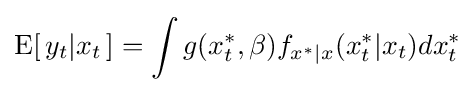
\operatorname {E} [\,y_{t}|x_{t}\,]=\int g(x_{t}^{*},\beta )f_{x^{*}|x}(x_{t}^{*}|x_{t})dx_{t}^{*}